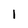
Character: l